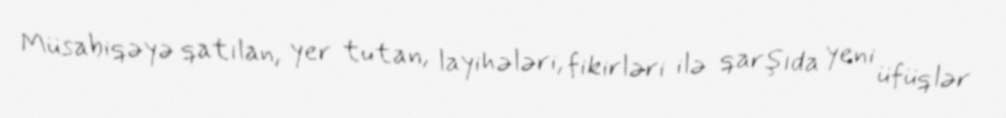
Müsabiqəyə qatılan, yer tutan, layihələri, fikirləri ilə qarşıda yeni üfüqlər